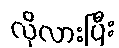
လိုလားပြီး